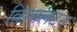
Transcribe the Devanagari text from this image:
विम्‍बलटन